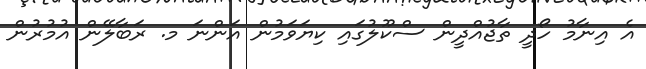
އެ އިނާމު ހޯދީ ތާޖުއްދީން ސްކޫލުގައި ކިޔަވަމުން އަންނަ މ. ރަބާލޭން އުމުރުން